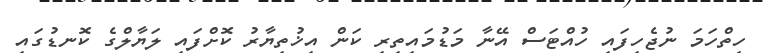
ހިތްހަމަ ނުޖެހިފައި ހުއްޓަސް އޭނާ މަޑުމައިތިރި ކަން އިޚުތިޔާރު ކޮށްފައި ލަޔާލްގެ ކޮނޑުގައި